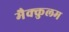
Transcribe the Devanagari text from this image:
मैक्कुलम